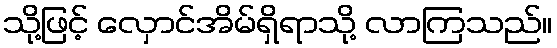
သို့ဖြင့် လှောင်အိမ်ရှိရာသို့ လာကြသည်။